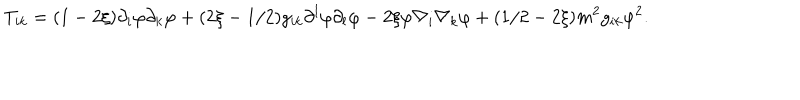
LaTeX: T _ { i k } = ( 1 - 2 \xi ) \partial _ { i } \varphi \partial _ { k } \varphi + ( 2 \xi - 1 / 2 ) g _ { i k } \partial ^ { l } \varphi \partial _ { l } \varphi - 2 \xi \varphi \nabla _ { i } \nabla _ { k } \varphi + ( 1 / 2 - 2 \xi ) m ^ { 2 } g _ { i k } \varphi ^ { 2 } .